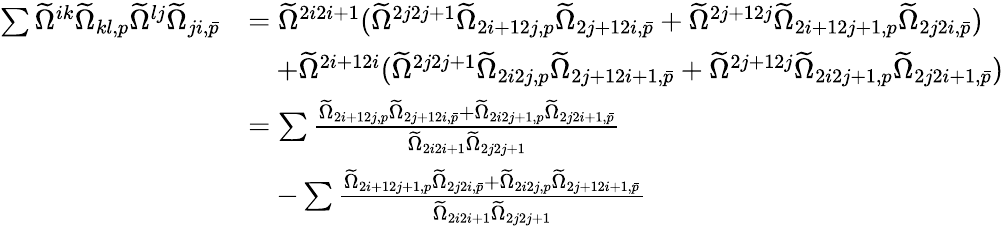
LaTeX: \begin{array}{rl}{\sum\widetilde{\Omega}^{ik}\widetilde{\Omega}_{kl,p}\widetilde{\Omega}^{lj}\widetilde{\Omega}_{ji,\bar{p}}}&{=\widetilde{\Omega}^{2i2i+1}(\widetilde{\Omega}^{2j2j+1}\widetilde{\Omega}_{2i+12j,p}\widetilde{\Omega}_{2j+12i,\bar{p}}+\widetilde{\Omega}^{2j+12j}\widetilde{\Omega}_{2i+12j+1,p}\widetilde{\Omega}_{2j2i,\bar{p}})}\\ &{\quad+\widetilde{\Omega}^{2i+12i}(\widetilde{\Omega}^{2j2j+1}\widetilde{\Omega}_{2i2j,p}\widetilde{\Omega}_{2j+12i+1,\bar{p}}+\widetilde{\Omega}^{2j+12j}\widetilde{\Omega}_{2i2j+1,p}\widetilde{\Omega}_{2j2i+1,\bar{p}})}\\ &{=\sum\frac{\widetilde{\Omega}_{2i+12j,p}\widetilde{\Omega}_{2j+12i,\bar{p}}+\widetilde{\Omega}_{2i2j+1,p}\widetilde{\Omega}_{2j2i+1,\bar{p}}}{\widetilde{\Omega}_{2i2i+1}\widetilde{\Omega}_{2j2j+1}}}\\ &{\quad-\sum\frac{\widetilde{\Omega}_{2i+12j+1,p}\widetilde{\Omega}_{2j2i,\bar{p}}+\widetilde{\Omega}_{2i2j,p}\widetilde{\Omega}_{2j+12i+1,\bar{p}}}{\widetilde{\Omega}_{2i2i+1}\widetilde{\Omega}_{2j2j+1}}}\end{array}